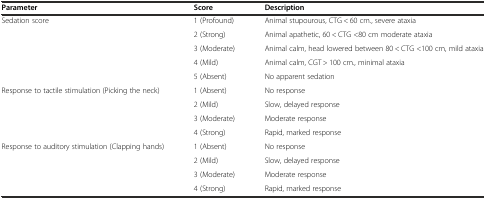
| Parameter | Score | Description |
 | --- | --- | --- |
 | <ROWSPAN=5> Sedation score | 1 (Profound) | Animal stupourous, CTG < 60 cm., severe ataxia |
 | 2 (Strong) | Animal apathetic, 60 < CTG <80 cm moderate ataxia |
 | 3 (Moderate) | Animal calm, head lowered between 80 < CTG <100 cm, mild ataxia |
 | 4 (Mild) | Animal calm, CGT > 100 cm., minimal ataxia |
 | 5 (Absent) | No apparent sedation |
 | <ROWSPAN=4> Response to tactile stimulation (Picking the neck) | 1 (Absent) | No response |
 | 2 (Mild) | Slow, delayed response |
 | 3 (Moderate) | Moderate response |
 | 4 (Strong) | Rapid, marked response |
 | <ROWSPAN=4> Response to auditory stimulation (Clapping hands) | 1 (Absent) | No response |
 | 2 (Mild) | Slow, delayed response |
 | 3 (Moderate) | Moderate response |
 | 4 (Strong) | Rapid, marked response |